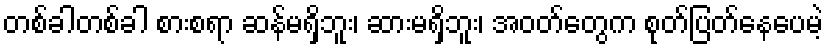
တစ်ခါတစ်ခါ စားစရာ ဆန်မရှိဘူး၊ ဆားမရှိဘူး၊ အဝတ်တွေက စုတ်ပြတ်နေပေမဲ့